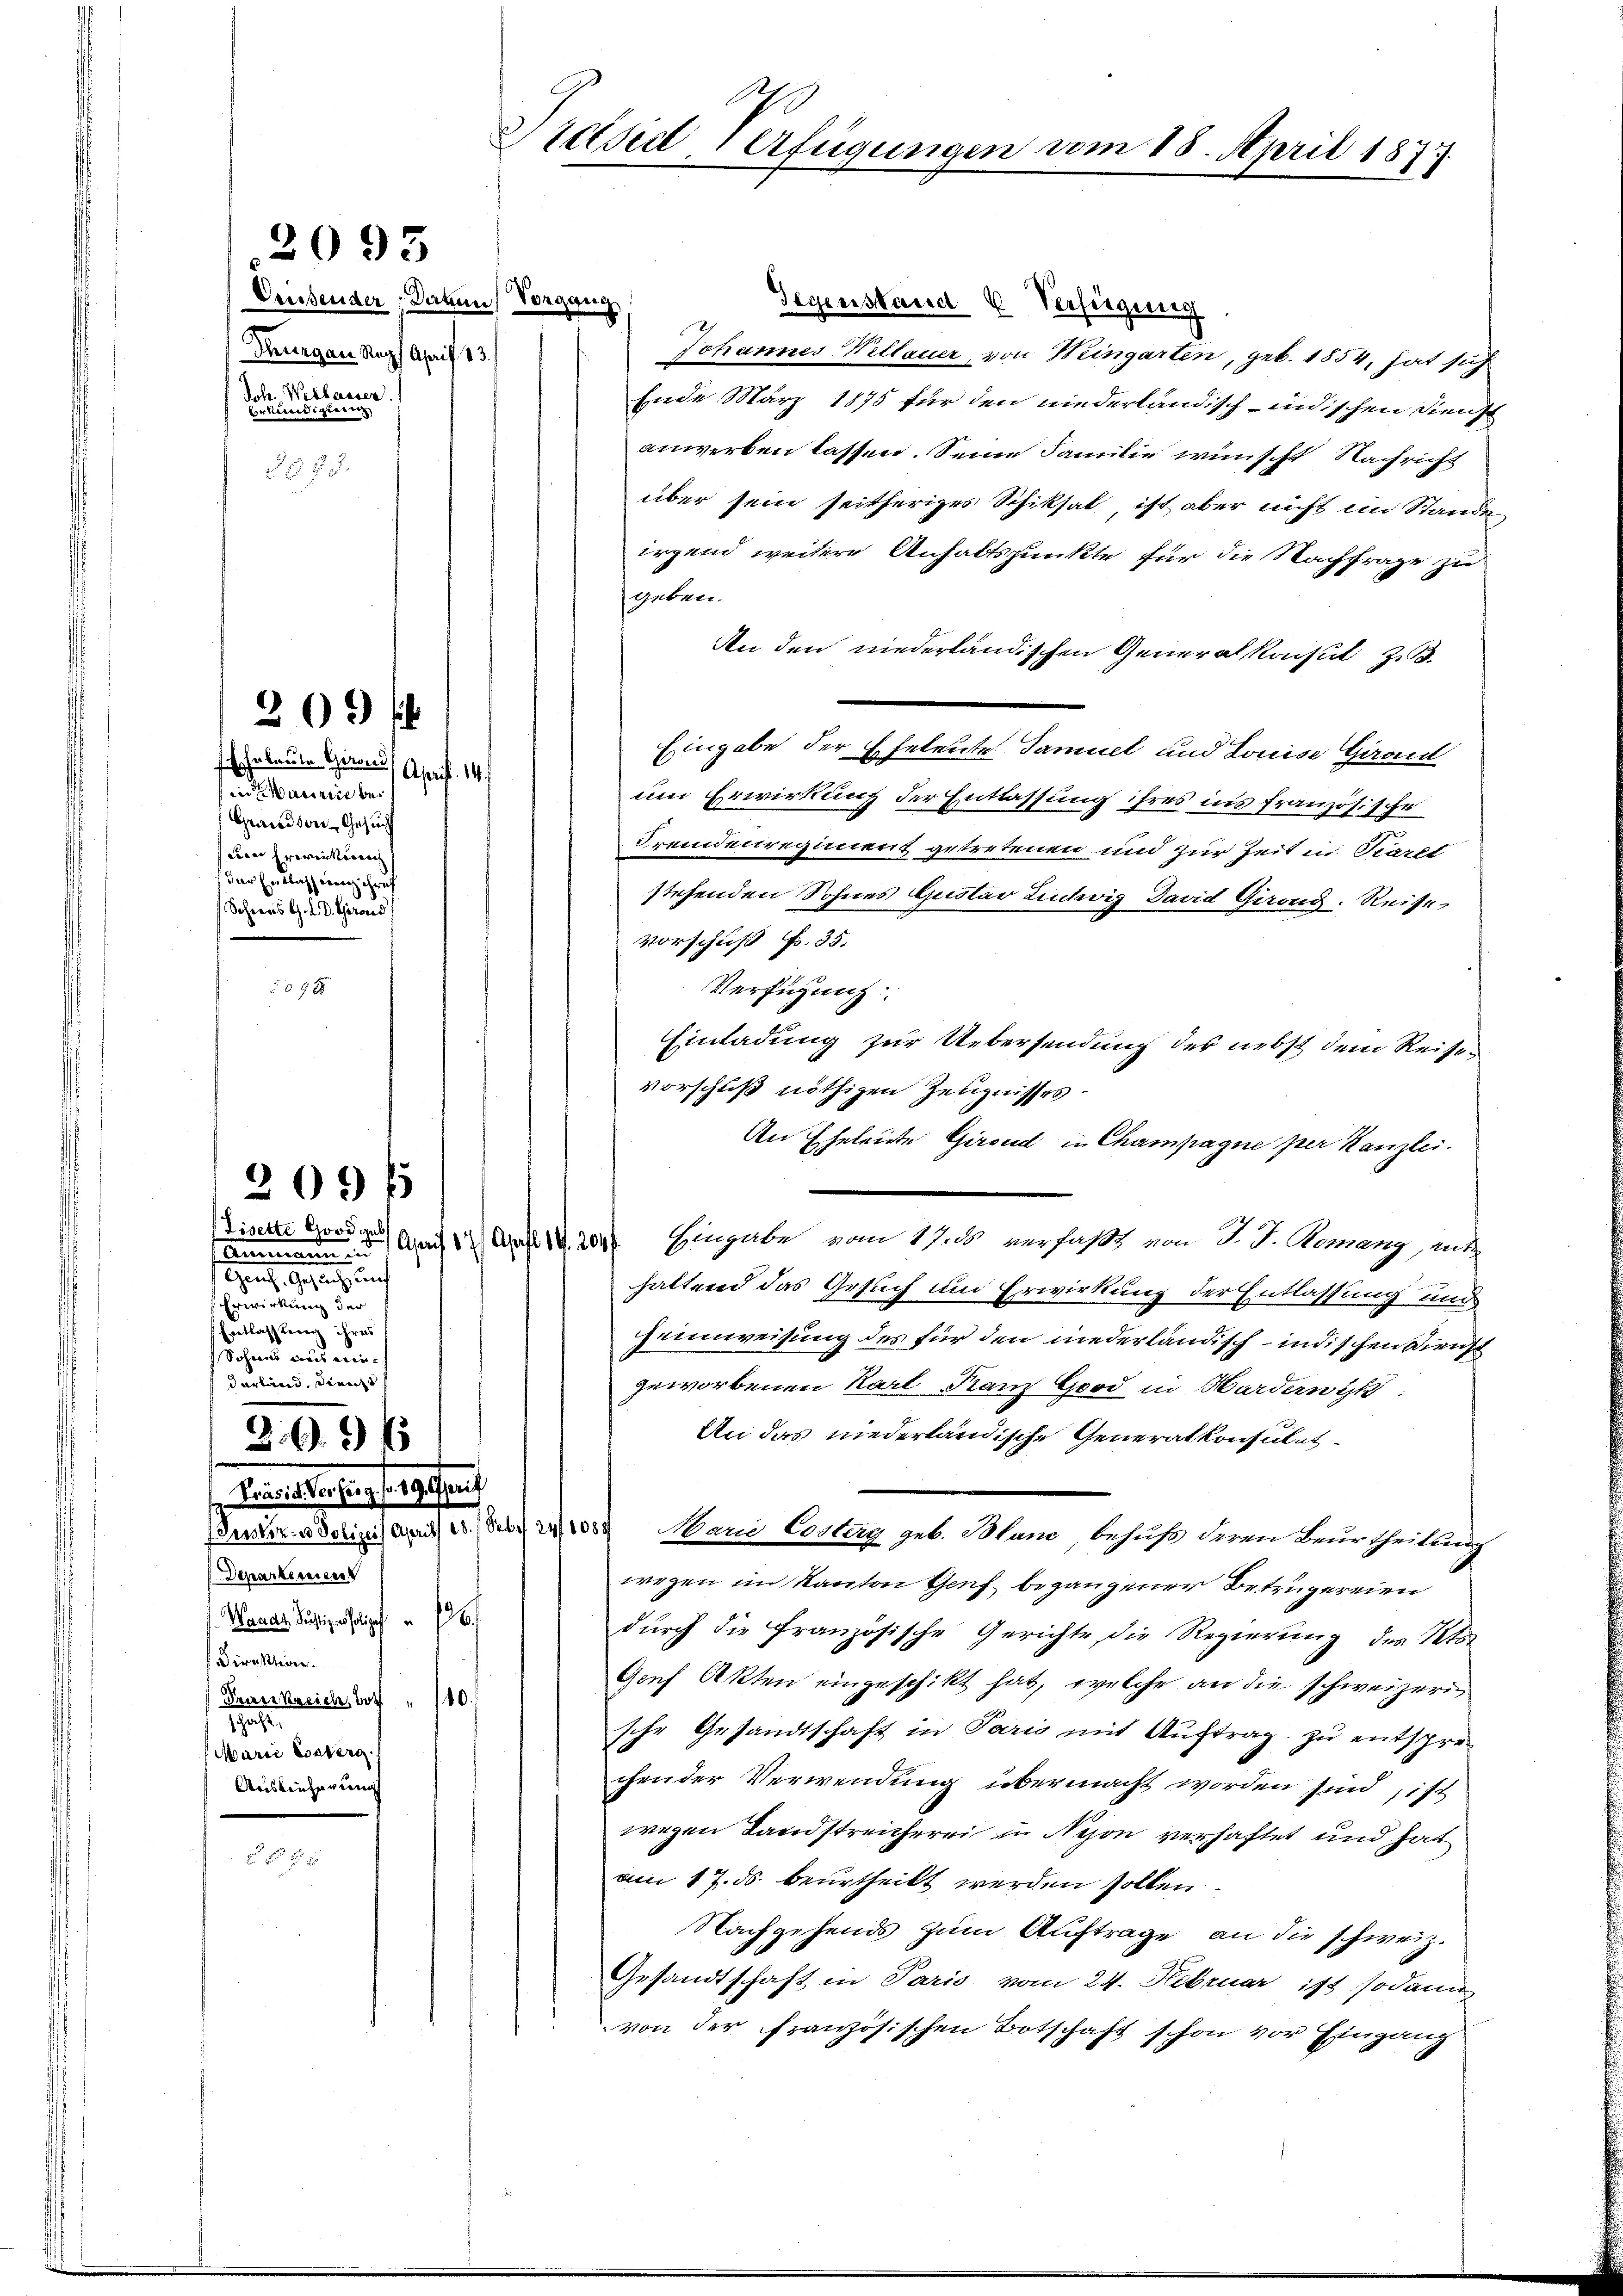
293.

2093

Drusender Datum,
Thurgau Rapf April 13.
Joh. Weilasser
Verkündigung

209 f

Ehrbaute Girond
Ahrift. 14.
aurice be¬
Grandsore Gesuch
Leine Evereinkorrech
der Entlassung ihre
Schnens G. d. d. Girous

209 x

209 f

Tisette Good gub
ammann d
see in einer eine eine
Erwirkung der
Entlassung ihres
Sodann aus ein
darband. Direcht

Vorgang
Gegenstand 6 Verfügung
Johannes Wellauer, von Weingarten, geb. 1854, hat sich
Ende März 1875 für den niederländisch-indischen Dienst
anwerben lassen. Seine Familie wünscht Nachricht
über sein seitheriges Schiksal, ist aber nicht im Stande
irgend weitere Anhaltspunkte für die Nachfrage zu
geben.
An den niederländischen Generalkonsul z
Eingabe der Eheleute Samuel und Louise Girant
um Erwirkung der Entlassung ihres ins französische
Fremdenregiment getretenen und zur Zeit in Karlt
stehenden Sohnes Gustav Ludwig David Girond. Reise
Vorschuß Fr. 35.
Verfügung
Einladung zur Uebersendung des nebst dem Reise¬
Vorschluß nöthigen Zeugnisses
An Eheleute Girend in Champagne per Kanzlei.
An a. 202. Eingabe vom 17. ds verfaßt von J. J. Romang, ent
haltend das Gesuch um Erwirkung der Entlassung und
Heimweisung des für den niederländisch-indischen Dienst
geworbenen Karl Franz Good in Hardernit
An das niederländische Generalkonsulat
Dinter a Dolizeis auch 2. S. 2400. Mani Costag geb. Plan behuf deren Beurtheilung
wegen im Kanton Genf begangener Betrügereien
durch die Französische Gerichte die Regierung des Ktsr
Genf Akten eingeschikt hat, welche an die schweizern
sche Gesandtschaft in Paris mit Auftrag zu entspre-
chen der Verwendung übermacht worden sind, ist
wegen Landstreicherei in Nejon verhaftet und hat
am 17. ds. beurtheilt werden sollen.
Nachgehends zum Auftrage, an die schweiz.
Gesandtschaft in Paris vom 24. Februar ist sodann
von der französischen Botschaft schon vor Eingang

Renaiserlings 19. Jan
Deparkennen
Wande Richtiges solipf
Direktion.
Frankreich, Both " 110.
1901
(Marie Essberg.
Auslieferung

Präsid. Verfügungen vom 18. April 1877